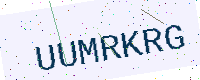
Text: UUMRKRG